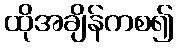
ထိုအချိန်ကစ၍